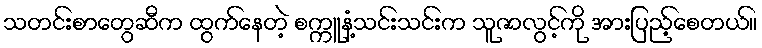
သတင်းစာတွေဆီက ထွက်နေတဲ့ စက္ကူနံ့သင်းသင်းက သူဇာလွင့်ကို အားပြည့်စေတယ်။